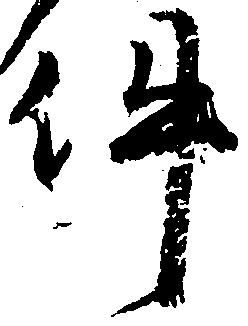
件